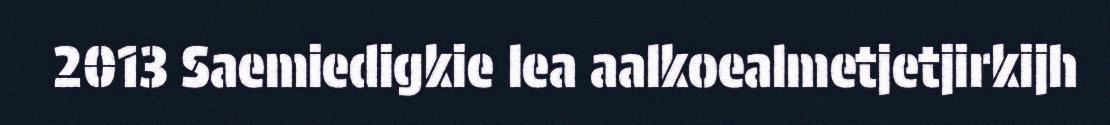
2013 Saemiedigkie lea aalkoealmetjetjirkijh